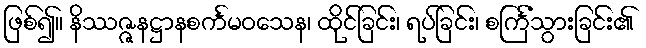
ဖြစ်၍။ နိဿဇ္ဇနဋ္ဌာနစင်္ကမဝသေန၊ ထိုင်ခြင်း၊ ရပ်ခြင်း၊ စင်္ကြံသွားခြင်း၏